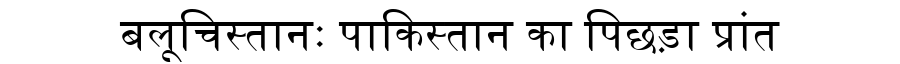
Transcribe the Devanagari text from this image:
बलूचिस्तानः पाकिस्तान का पिछड़ा प्रांत